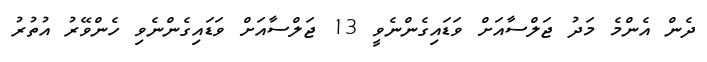
ދެން އެންމެ މަދު ޖަލްސާއަށް ވަޑައިގެންނެވީ 13 ޖަލްސާއަށް ވަޑައިގެންނެވި ހެންވޭރު އުތުރު